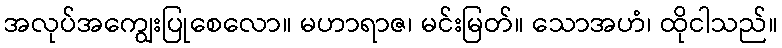
အလုပ်အကျွေးပြုစေလော။ မဟာရာဇ၊ မင်းမြတ်။ သောအဟံ၊ ထိုငါသည်။